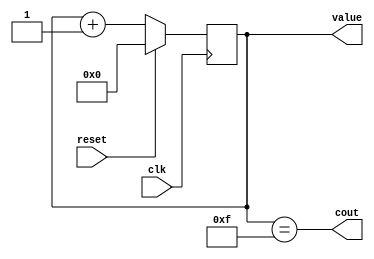
`timescale 1ns / 1ns

module counter(value, cout, reset, clk);

parameter NBITS = 4;

output reg [NBITS-1:0] value = {NBITS{1'b0}};
output wire cout;
input wire reset, clk;

assign cout = value == {NBITS{1'b1}};

always @(posedge clk)
begin
    if (reset) value = {NBITS{1'b0}};
    else value <= value + 1'b1;
end

endmodule